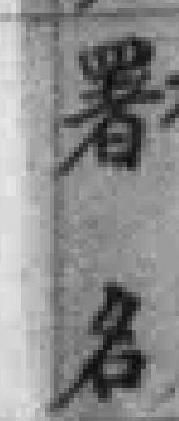
署名